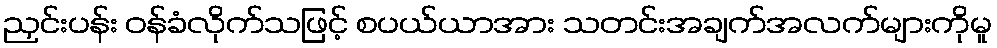
ညှင်းပန်း ဝန်ခံလိုက်သဖြင့် စပယ်ယာအား သတင်းအချက်အလက်များကိုမူ